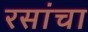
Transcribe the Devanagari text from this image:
रसांचा